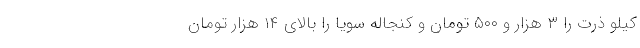
کیلو ذرت را ۳ هزار و ۵۰۰ تومان و کنجاله سویا را بالای ۱۴ هزار تومان